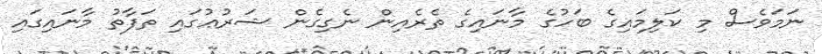
ނަމަވެސް މި ކަލިމައިގެ ބަހުގެ މާނައިގެ ތެރެއިން ނެގިގެން ޝަރުޢުގައި ތަފާތު މާނައިގައި